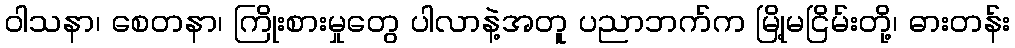
ဝါသနာ၊ စေတနာ၊ ကြိုးစားမှုတွေ ပါလာနဲ့အတူ ပညာဘက်က မြို့မငြိမ်းတို့၊ ဓားတန်း